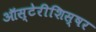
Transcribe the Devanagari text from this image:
ऑस्टेरीशिस्षर